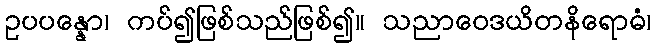
ဥပပန္နော၊ ကပ်၍ဖြစ်သည်ဖြစ်၍။ သညာဝေဒယိတနိရောဓံ၊